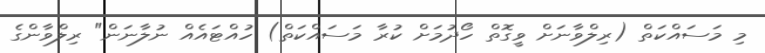
މި މަސައްކަތް (ރިލްވާނަށް ވީގޮތް ހޯދުމަށް ކުރާ މަސައްކަތް) ހުއްޓައެއް ނުލާނަން" ރިލްވާންގެ